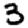
Digit: 3